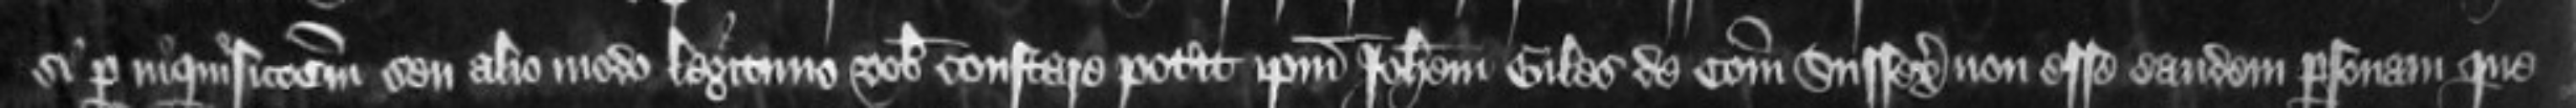
si per inquisitionem seu alio modo legitimo vobis constare poterit ipsum Johannem Giles de Comitatu Sussex non esse eandem personam que